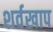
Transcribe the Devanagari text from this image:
शर्वखाप